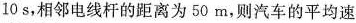
10s，相邻电线杆的距离为50m，则汽车的平均速